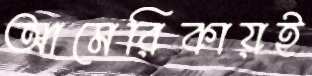
আমেরিকায়ই